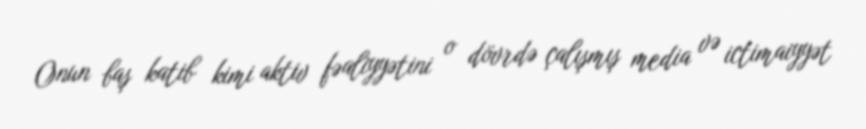
Onun baş katib kimi aktiv fəaliyyətini o dövrdə çalışmış media və ictimaiyyət